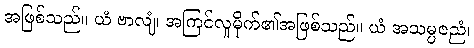
အဖြစ်သည်။ ယံ ဗာလျံ၊ အကြင်လူမိုက်၏အဖြစ်သည်။ ယံ အသမ္ပဇညံ၊